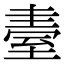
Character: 𦥂